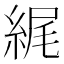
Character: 𦀿